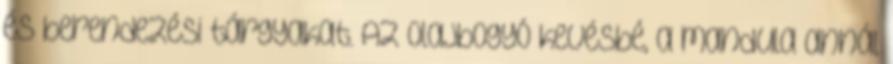
és berendezési tárgyakat. Az olajbogyó kevésbé, a mandula annál